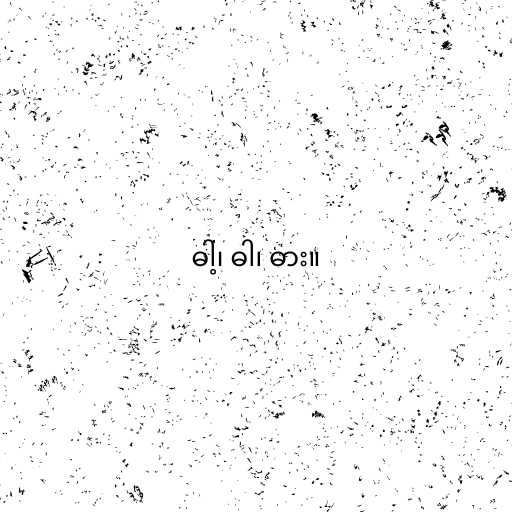
ဓါ့၊ ဓါ၊ ဓား။